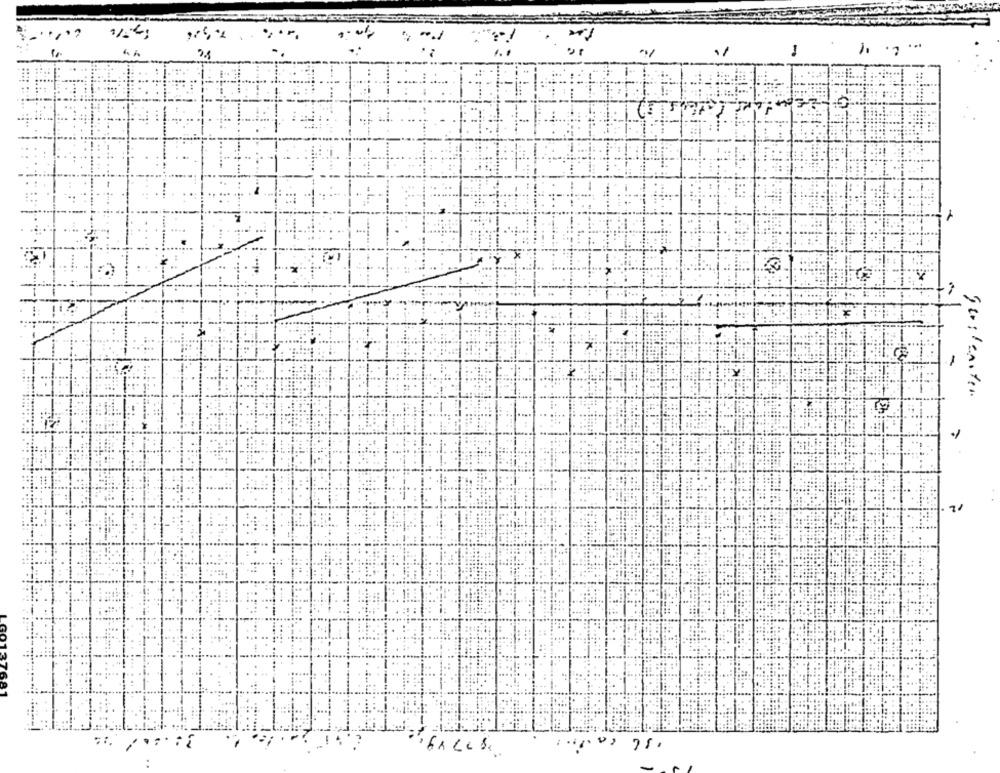
...
-
Sevilenter
21